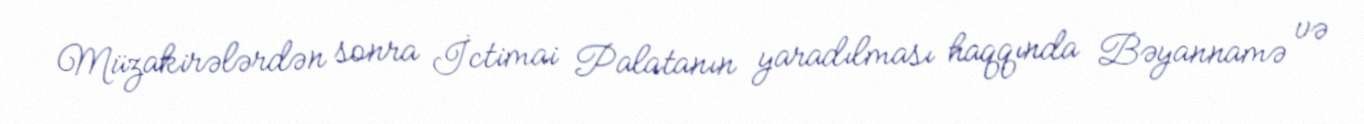
Müzakirələrdən sonra İctimai Palatanın yaradılması haqqında Bəyannamə və